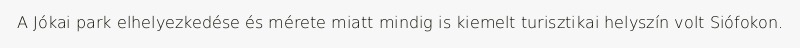
A Jókai park elhelyezkedése és mérete miatt mindig is kiemelt turisztikai helyszín volt Siófokon.